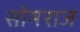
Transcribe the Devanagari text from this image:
सोमराज